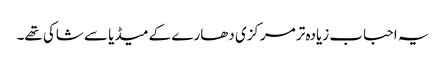
یہ احباب زیادہ تر مرکزی دھارے کے میڈیا سے شاکی تھے۔